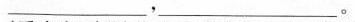
__，___。